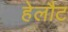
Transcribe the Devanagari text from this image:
हेलौट